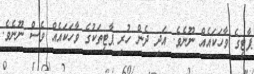
ޕާޓީގެ ވާހަކައެއް ނޫނެވެ. އަދި ދެން ހުރި ޕާޓީތަކުގެ ވާހަކައެއް ވެސް ނޫނެވެ.